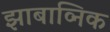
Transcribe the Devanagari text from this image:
झाबाव्निक